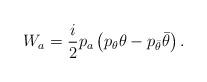
LaTeX: \begin{align*}{W_a}=\frac i2 p_a\left(p_{\theta}\theta-p_{\bar\theta}\bar\theta\right).\end{align*}